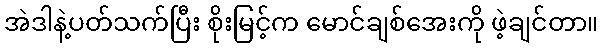
အဲဒါနဲ့ပတ်သက်ပြီး စိုးမြင့်က မောင်ချစ်အေးကို ဖဲ့ချင်တာ။